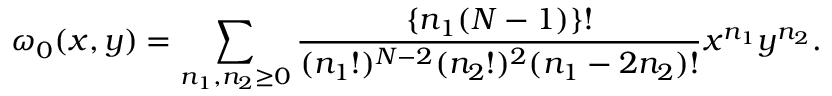
\omega _ { 0 } ( x , y ) = \sum _ { n _ { 1 } , n _ { 2 } \geq 0 } \frac { \{ n _ { 1 } ( N - 1 ) \} ! } { ( n _ { 1 } ! ) ^ { N - 2 } ( n _ { 2 } ! ) ^ { 2 } ( n _ { 1 } - 2 n _ { 2 } ) ! } x ^ { n _ { 1 } } y ^ { n _ { 2 } } .